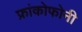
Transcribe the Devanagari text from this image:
फ्रांकोफोनी